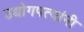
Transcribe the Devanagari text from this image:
उद्योगपत्यांनी